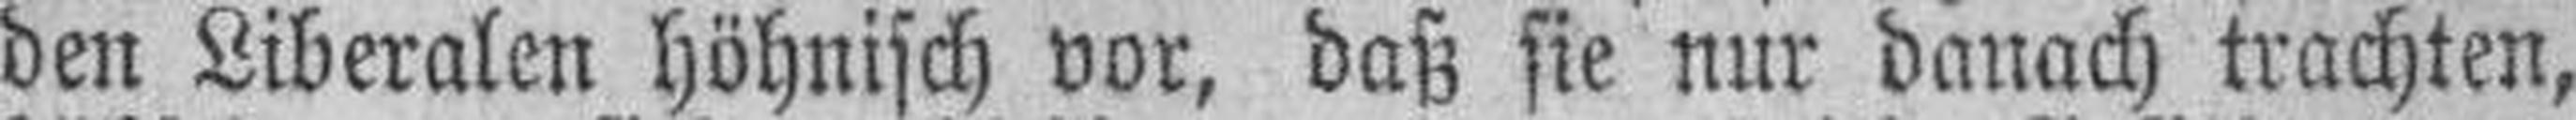
den Liberalen höhnisch vor, daß sie nur danach trachten,